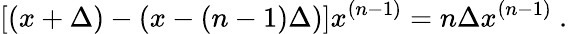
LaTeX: [(x+\Delta)-(x-(n-1)\Delta)]x^{(n-1)}=n\Delta x^{(n-1)}\ .